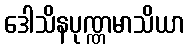
ဒေါသိနပုဏ္ဏမာသိယာ